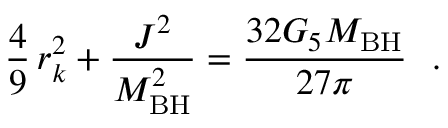
\frac { 4 } { 9 } \, r _ { k } ^ { 2 } + \frac { J ^ { 2 } } { M _ { \mathrm { B H } } ^ { 2 } } = \frac { 3 2 G _ { 5 } M _ { \mathrm { B H } } } { 2 7 \pi } \ \ .